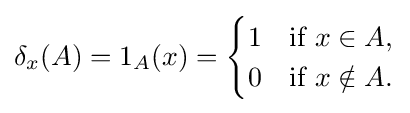
\delta _{x}(A)=1_{A}(x)={\begin{cases}1&{\text{if }}x\in A,\\0&{\text{if }}x\notin A.\end{cases}}